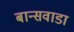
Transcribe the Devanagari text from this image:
बान्सवाडा